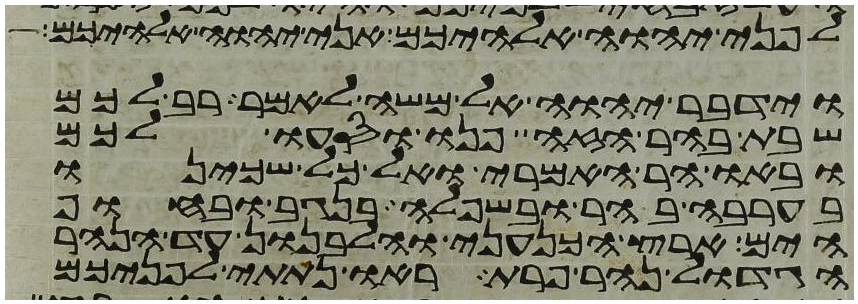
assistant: לפני יהוה אלהיכם אני יהוה אלהיכם
וידבר יהוה אל משה לאמר רב לכם
שבת בהר הזה פנו וסעו לכם
ובאו הר האמרי ואל כל שכינו
בערבה בהר ובשפלה בנגב ובחוף
הים ארץ הכנעני והלבנון עד הנהר
הגדול נהר פרת ראו נתתי לפניכם